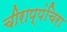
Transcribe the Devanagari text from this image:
चीराप्पंचिरा